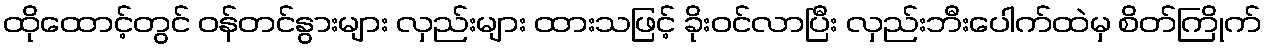
ထိုထောင့်တွင် ဝန်တင်နွားများ လှည်းများ ထားသဖြင့် ခိုးဝင်လာပြီး လှည်းဘီးပေါက်ထဲမှ စိတ်ကြိုက်